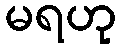
မရဟု